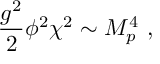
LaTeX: { \frac { g ^ { 2 } } { 2 } } \phi ^ { 2 } \chi ^ { 2 } \sim M _ { p } ^ { 4 } \ ,